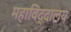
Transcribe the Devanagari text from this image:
महाविद्दालय